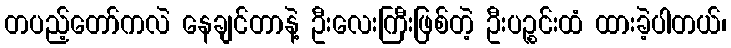
တပည့်တော်ကလဲ နေချင်တာနဲ့ ဦးလေးကြီးဖြစ်တဲ့ ဦးပဉ္စင်းထံ ထားခဲ့ပါတယ်၊